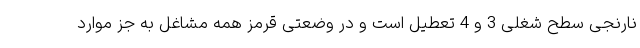
نارنجی سطح شغلی 3 و 4 تعطیل است و در وضعتی قرمز همه مشاغل به جز موارد